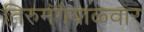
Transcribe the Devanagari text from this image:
तिरुमंगैयाळ्वार्